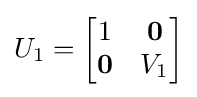
U_{1}={\begin{bmatrix}1&\mathbf {0} \\\mathbf {0} &V_{1}\end{bmatrix}}